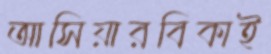
আসিয়ারবিকাই